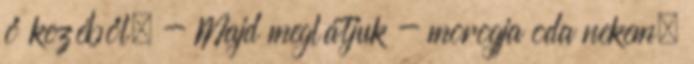
ő kezéből. - Majd meglátjuk - morogja oda nekem,